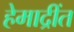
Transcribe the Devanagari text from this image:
हेमाद्रींत